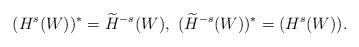
LaTeX: \begin{align*}(H^{s}(W))^{\ast} = \widetilde{H}^{-s}(W), \ (\widetilde{H}^{-s}(W))^{\ast} = (H^{s}(W)).\end{align*}